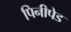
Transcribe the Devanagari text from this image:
पिनीपेड